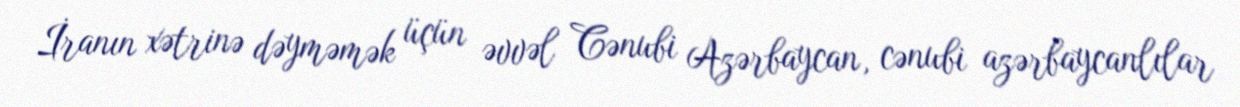
İranın xətrinə dəyməmək üçün əvvəl Cənubi Azərbaycan, cənubi azərbaycanlılar